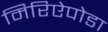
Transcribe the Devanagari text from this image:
मिरिऐपोडा